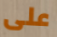
على